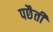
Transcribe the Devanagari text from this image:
पछैती